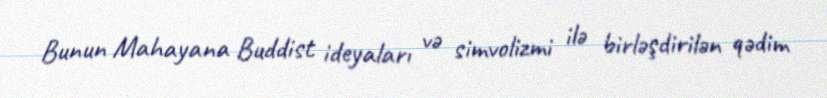
Bunun Mahayana Buddist ideyaları və simvolizmi ilə birləşdirilən qədim